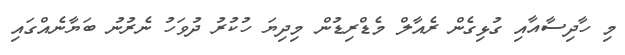
މި ހާދިސާއާއި ގުޅިގެން ރެއާލް މެޑްރިޑުން މިދިޔަ ހުކުރު ދުވަހު ނެރުނު ބަޔާނެއްގައި